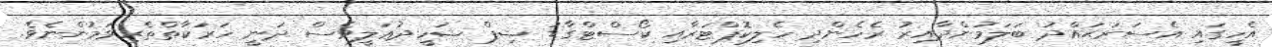
އެހީގައި އެސަރަޙައްދު ބަލަމުންދާއިރު ރެހެންދި ހެލިކޮޕްޓަރާއި ކޯސްޓްގާޑު ޝިޕް ޝަހީދުޢަލީވެސް ދަނީ ހަރަކާތްތެރިވަމުންނެވެ.